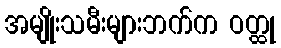
အမျိုးသမီးများဘက်က ဝတ္ထု